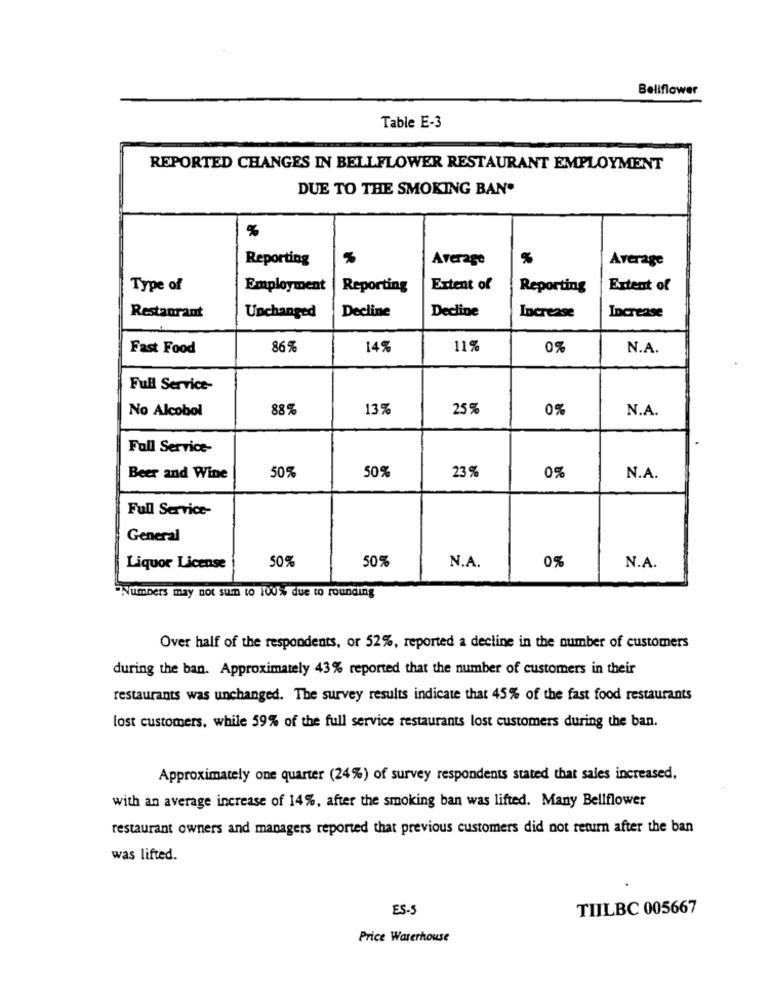
Bellflower
Table E-3
REPORTED CHANGES IN BELLFLOWER RESTAURANT EMPLOYMENT
DUE TO THE SMOKING BAN.
%
Reporting
Average
%
Average
Type of
Employment
Reporting
Extent of
Reporting
Extent of
Decline
Decline
Restaurant
Unchanged
Increase
Increase
Fast Food
86%
14%
11%
0%
N.A.
Full Service-
No Alcobol
88 %
13%
25%
0%
N.A.
Full Service-
50%
Beer and Wine
50%
23%
0%
N.A.
Full Service-
General
50%
50%
Liquor License
N.A.
0%
N.A.
"Numbers may not Sum to 100% due to rounding
Over half of the respondents, or 52%, reported a decline in the number of customers
during the ban. Approximately 43% reported that the number of customers in their
restaurants was unchanged. The survey results indicate that 45% of the fast food restaurants
lost customers, while 59% of the full service restaurants lost customers during the ban.
Approximately one quarter (24%) of survey respondents stated that sales increased.
with an average increase of 14%, after the smoking ban was lifted. Many Bellflower
restaurant owners and managers reported that previous customers did not return after the ban
was lifted.
ES-
TIILBC 005667
Price Waterhouse